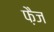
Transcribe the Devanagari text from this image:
फ़ैज